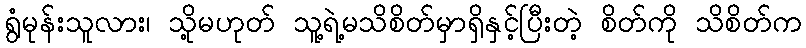
ရွံမုန်းသူလား၊ သို့မဟုတ် သူ့ရဲ့မသိစိတ်မှာရှိနှင့်ပြီးတဲ့ စိတ်ကို သိစိတ်က